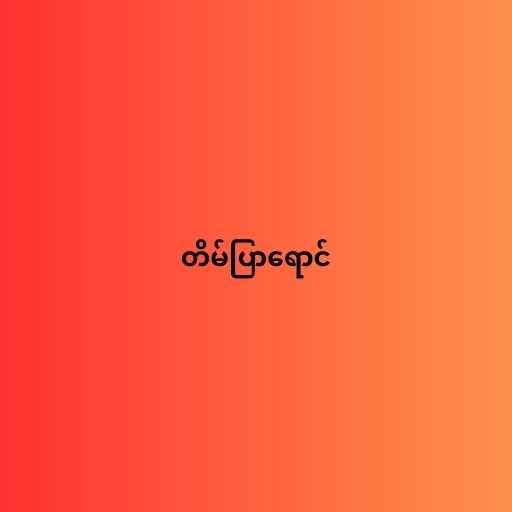
တိမ်ပြာရောင်